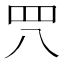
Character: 𦉵